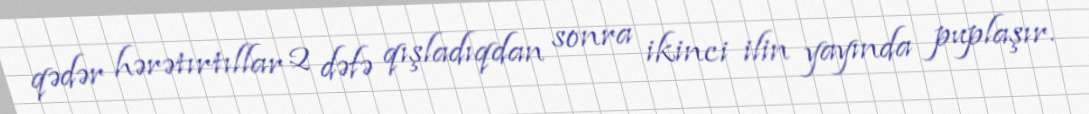
qədər hərətırtıllar 2 dəfə qışladıqdan sonra ikinci ilin yayında puplaşır.